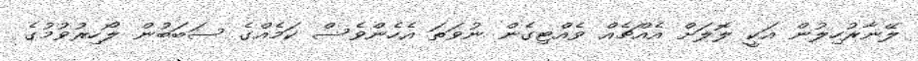
ލޭނާރުހިލުން އަކީ ލޮލަށް އެއްޗެއް ވެއްޓިގެން ނުވަތަ އެހެންވެސް ކަމެއްގެ ސަބަބުން ލޯހިރުވުމުގެ